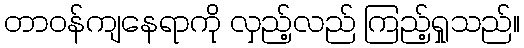
တာဝန်ကျနေရာကို လှည့်လည် ကြည့်ရှုသည်။